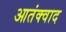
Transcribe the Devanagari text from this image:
आतंक्वाद